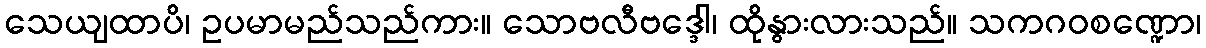
သေယျထာပိ၊ ဥပမာမည်သည်ကား။ သောဗလီဗဒ္ဒေါ၊ ထိုနွားလားသည်။ သကဂဝစဏ္ဍော၊